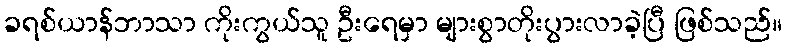
ခရစ်ယာန်ဘာသာ ကိုးကွယ်သူ ဦးရေမှာ များစွာတိုးပွားလာခဲ့ပြီ ဖြစ်သည်။